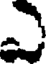
ఎ